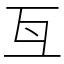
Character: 𠀕